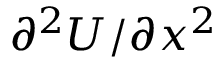
\partial ^ { 2 } { U } / \partial { x } ^ { 2 }